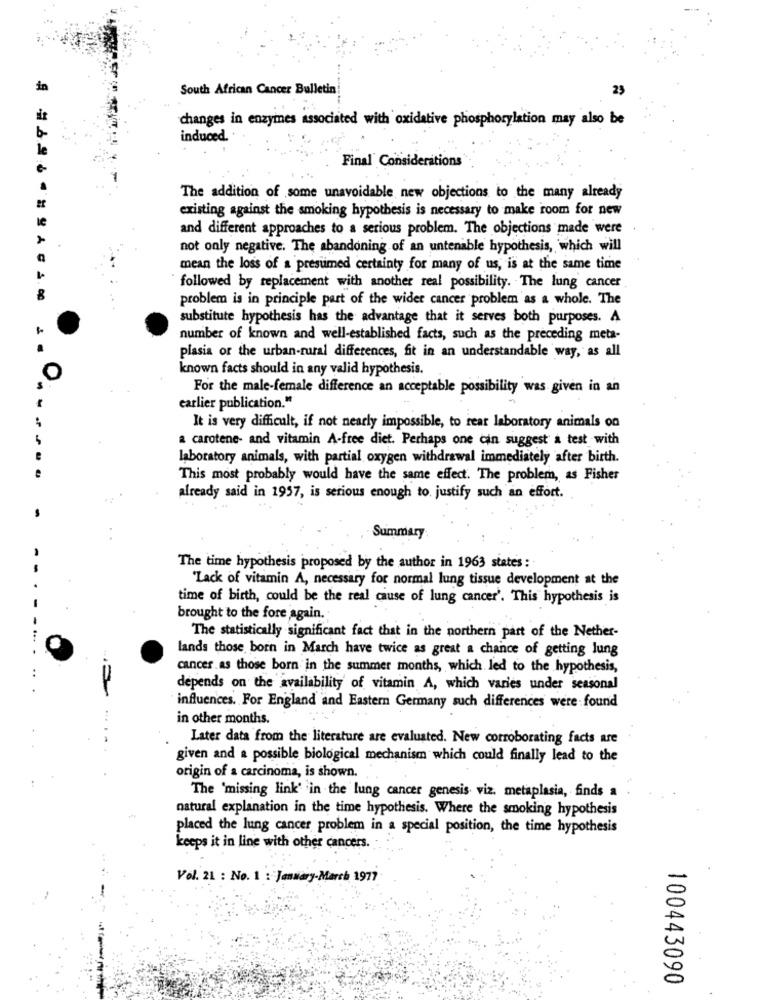
in
South African Cancer Bulletin!
23
changes in enzymes associated with oxidative phosphorylation may also be
induced.
Final' Considerations
The addition of some unavoidable new objections to the many already
existing against the smoking hypothesis is necessary to make room for new
and different approaches to a serious problem. The objections made were
not only negative. The abandoning of an untenable hypothesis, which will
mean the loss of a presumed certainty for many of us, is at the same time
followed by replacement with another real possibility. The lung cancer
3.00
problem is in principle part of the wider cancer problem as a whole. The
substitute hypothesis has the advantage that it serves both purposes. A
number of known and well-established facts, such as the preceding meta-
plasia or the urban-rural differences, fit in an understandable way, as all
known facts should in any valid hypothesis.
O
For the male-female difference an acceptable possibility was given in an
earlier publication."
It is very difficult, if not nearly impossible, to rear laboratory animals on
a carotene- and vitamin A-free diet. Perhaps one can suggest a test with
laboratory animals, with partial oxygen withdrawal immediately after birth.
This most probably would have the same effect. The problem, as Fisher
already said in 1957, is serious enough to. justify such an effort.
Summary
The time hypothesis proposed by the author in 1963 states :
'Lack of vitamin A, necessary for normal lung tissue development at the
1
time of birth, could be the real cause of lung cancer'. This hypothesis is
brought to the fore again.
The statistically significant fact that in the northern part of the Nether-
lands those born in March have twice as great a chance of getting lung
cancer.as those born in the summer months, which led to the hypothesis,
depends on the availability of vitamin A, which varies under seasonal
influences. For England and Eastern Germany such differences were found
in other months.
Later data from the literature are evaluated. New corroborating facts are
given and a possible biological mechanism which could finally lead to the
origin of a carcinoma, is shown.
The 'missing link' in the lung cancer genesis viz. metaplasia, finds a
natural explanation in the time hypothesis. Where the smoking hypothesis
placed the lung cancer problem in a special position, the time hypothesis
keeps it in line with other cancers.
Vol. 21 : No. 1 : Janwary-March 1977
100443090